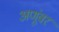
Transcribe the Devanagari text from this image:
अणूंवर